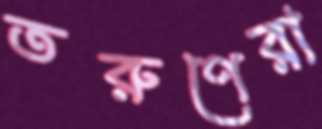
তরুণেরা